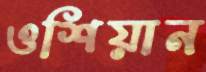
ওশিয়ান